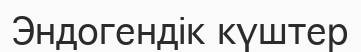
Эндогендік күштер